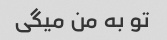
تو به من میگی